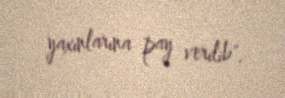
yaxınlarına pay verilib".